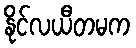
နိုင်လယီတမက